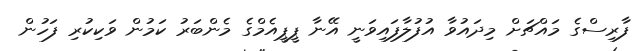
ފާރިސްގެ މައްޗަށް މިދައުވާ އުފުލާފައިވަނީ އޭނާ ޕީޕީއެމްގެ މެންބަރު ކަމުން ވަކިކުރި ފަހުން